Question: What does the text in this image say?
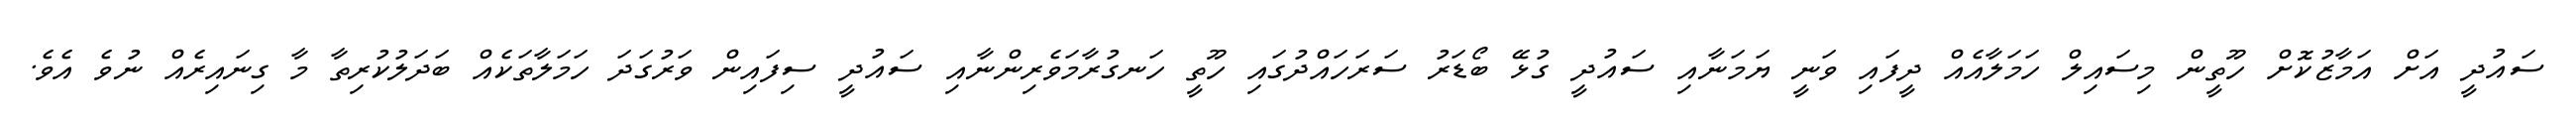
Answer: ސައުދީ އަށް އަމާޒުކޮށް ހޫތީން މިސައިލް ހަމަލާއެއް ދީފައި ވަނީ ޔަމަނާއި ސައުދީ ގުޅޭ ބޯޑަރު ސަރަހައްދުގައި ހޫތީ ހަނގުރާމަވެރިންނާއި ސައުދީ ސިފައިން ވަރުގަދަ ހަމަލާތަކެއް ބަދަލުކުރިތާ މާ ގިނައިރެއް ނުވެ އެވެ.